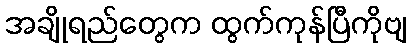
အချိုရည်တွေက ထွက်ကုန်ပြီကိုဗျ